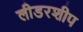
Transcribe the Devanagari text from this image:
लीडरशीप